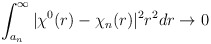
\begin{align*}\int_{a_n}^\infty |\chi^0(r)-\chi_n(r)|^2 r^2dr \rightarrow 0\end{align*}